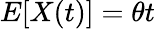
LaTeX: E[X(t)]=\theta t